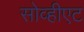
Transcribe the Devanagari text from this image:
सोव्हीएट